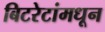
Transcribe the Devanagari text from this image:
बिटरेटांमधून